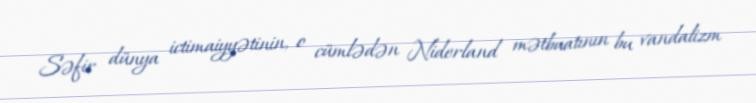
Səfir dünya ictimaiyyətinin, o cümlədən Niderland mətbuatının bu vandalizm